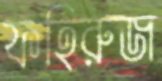
ফহিরুজ